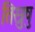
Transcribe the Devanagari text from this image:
तिस्रुषु